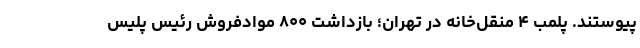
پیوستند. پلمب ۴ منقل‌خانه در تهران؛ بازداشت ۸۰۰ موادفروش رئیس پلیس